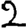
Digit: 2